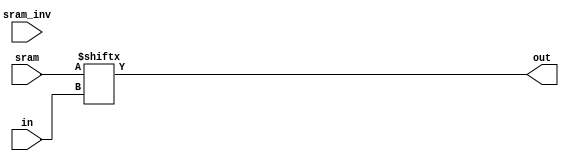
//-----------------------------------------------------
// Design Name : lut6
// Function    : 6-input Look Up Table
// Coder       : Xifan TANG
//-----------------------------------------------------
module lut6 (
input [5:0] in,
output out,
input [63:0] sram,
input [63:0] sram_inv);

  assign out = sram[in];

endmodule